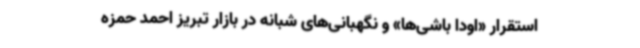
استقرار «اودا باشی‌ها» و نگهبانی‌های شبانه در بازار تبریز احمد حمزه